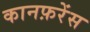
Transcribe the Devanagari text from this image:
कानफ़रेंस